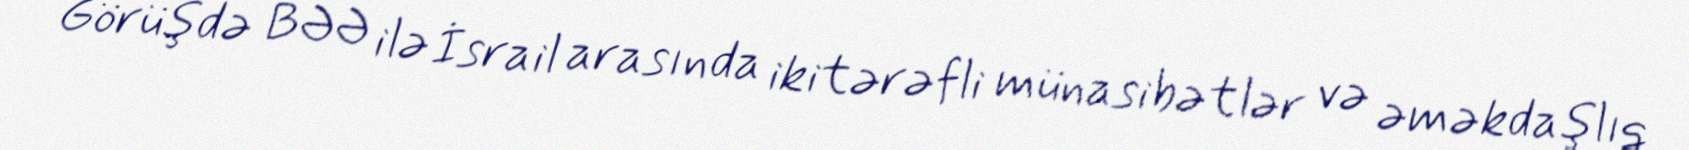
Görüşdə BƏƏ ilə İsrail arasında ikitərəfli münasibətlər və əməkdaşlıq